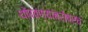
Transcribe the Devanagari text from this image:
थोपवण्याबरोबरच